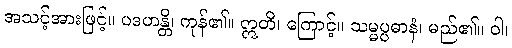
အသင့်အားဖြင့်။ ပဒဟန္တိ၊ ကုန်၏။ ဣတိ၊ ကြောင့်။ သမ္မပ္ပဓာနံ၊ မည်၏။ ဝါ၊